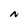
Character: N